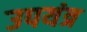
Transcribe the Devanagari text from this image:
उपयंत्र